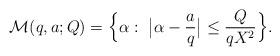
LaTeX: \begin{align*}\mathcal{M}(q,a;Q)=\Big\{\alpha:\ \big|\alpha-\frac{a}{q}\big|\le \frac{Q}{qX^2}\Big\}.\end{align*}